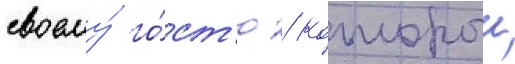
своему́ го́ст'ю / которыи